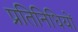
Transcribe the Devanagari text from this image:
प्रतिनिधियों